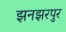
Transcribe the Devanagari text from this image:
झनझरपुर